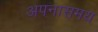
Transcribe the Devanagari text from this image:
अपनासमय